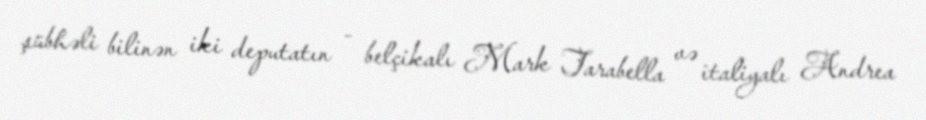
şübhəli bilinən iki deputatın - belçikalı Mark Tarabella və italiyalı Andrea